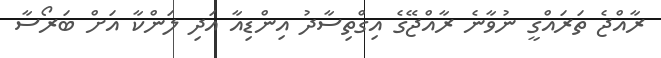
ރާއްޖެ ތަރައްގީ ނުވާނެ ރާއްޖޭގެ އިގްތިސާދު އިންޑިއާ އަދި ލަންކާ އަށް ބަރޯސާ